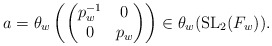
\begin{align*} a=\theta_w\left(\begin{pmatrix} p_w^{-1}&0\\0&p_w\end{pmatrix}\right)\in\theta_w(\operatorname{SL}_2(F_w)).\end{align*}